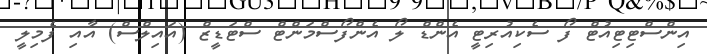
އިންސްޓިޓިއުޓް ފޯ ސެކިއުރިޓީ އެންޑް ލޯ އެންފޯސްމަންޓް ސްޓަޑީޒް (އައިލްސް) އާއި ފެމިލީ